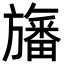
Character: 旛